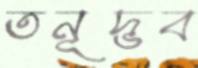
তনূদ্ভব